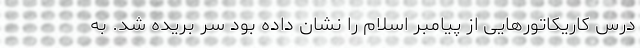
درس کاریکاتورهایی از پیامبر اسلام را نشان داده بود سر بریده شد. به